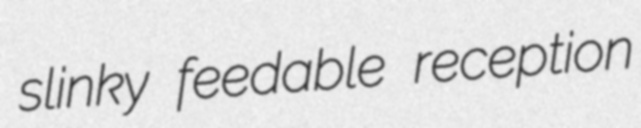
slinky feedable reception